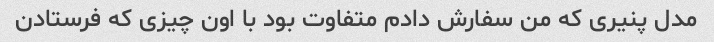
مدل پنیری که‌ من سفارش دادم متفاوت بود با اون چیزی که فرستادن